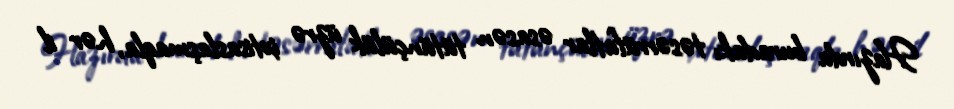
Hazırda buradakı təsərrüfatlar əsasən tütünçülük üzrə ixtisaslaşmaqla, hər il